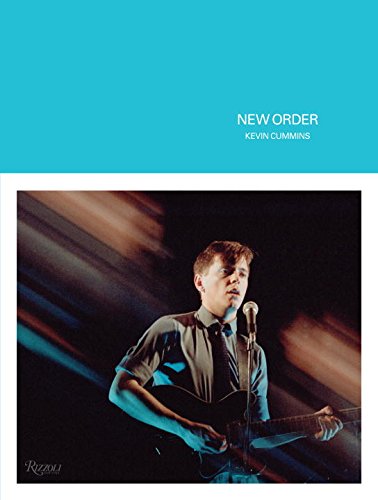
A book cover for New Order; Kevin Cummins; Arts & Photography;